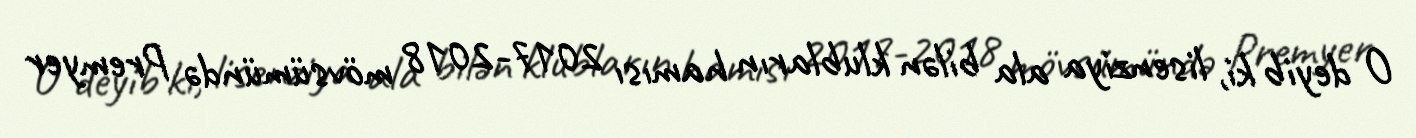
O deyib ki, lisenziya ala bilən klubların hamısı 2017-2018 mövsümündə Premyer